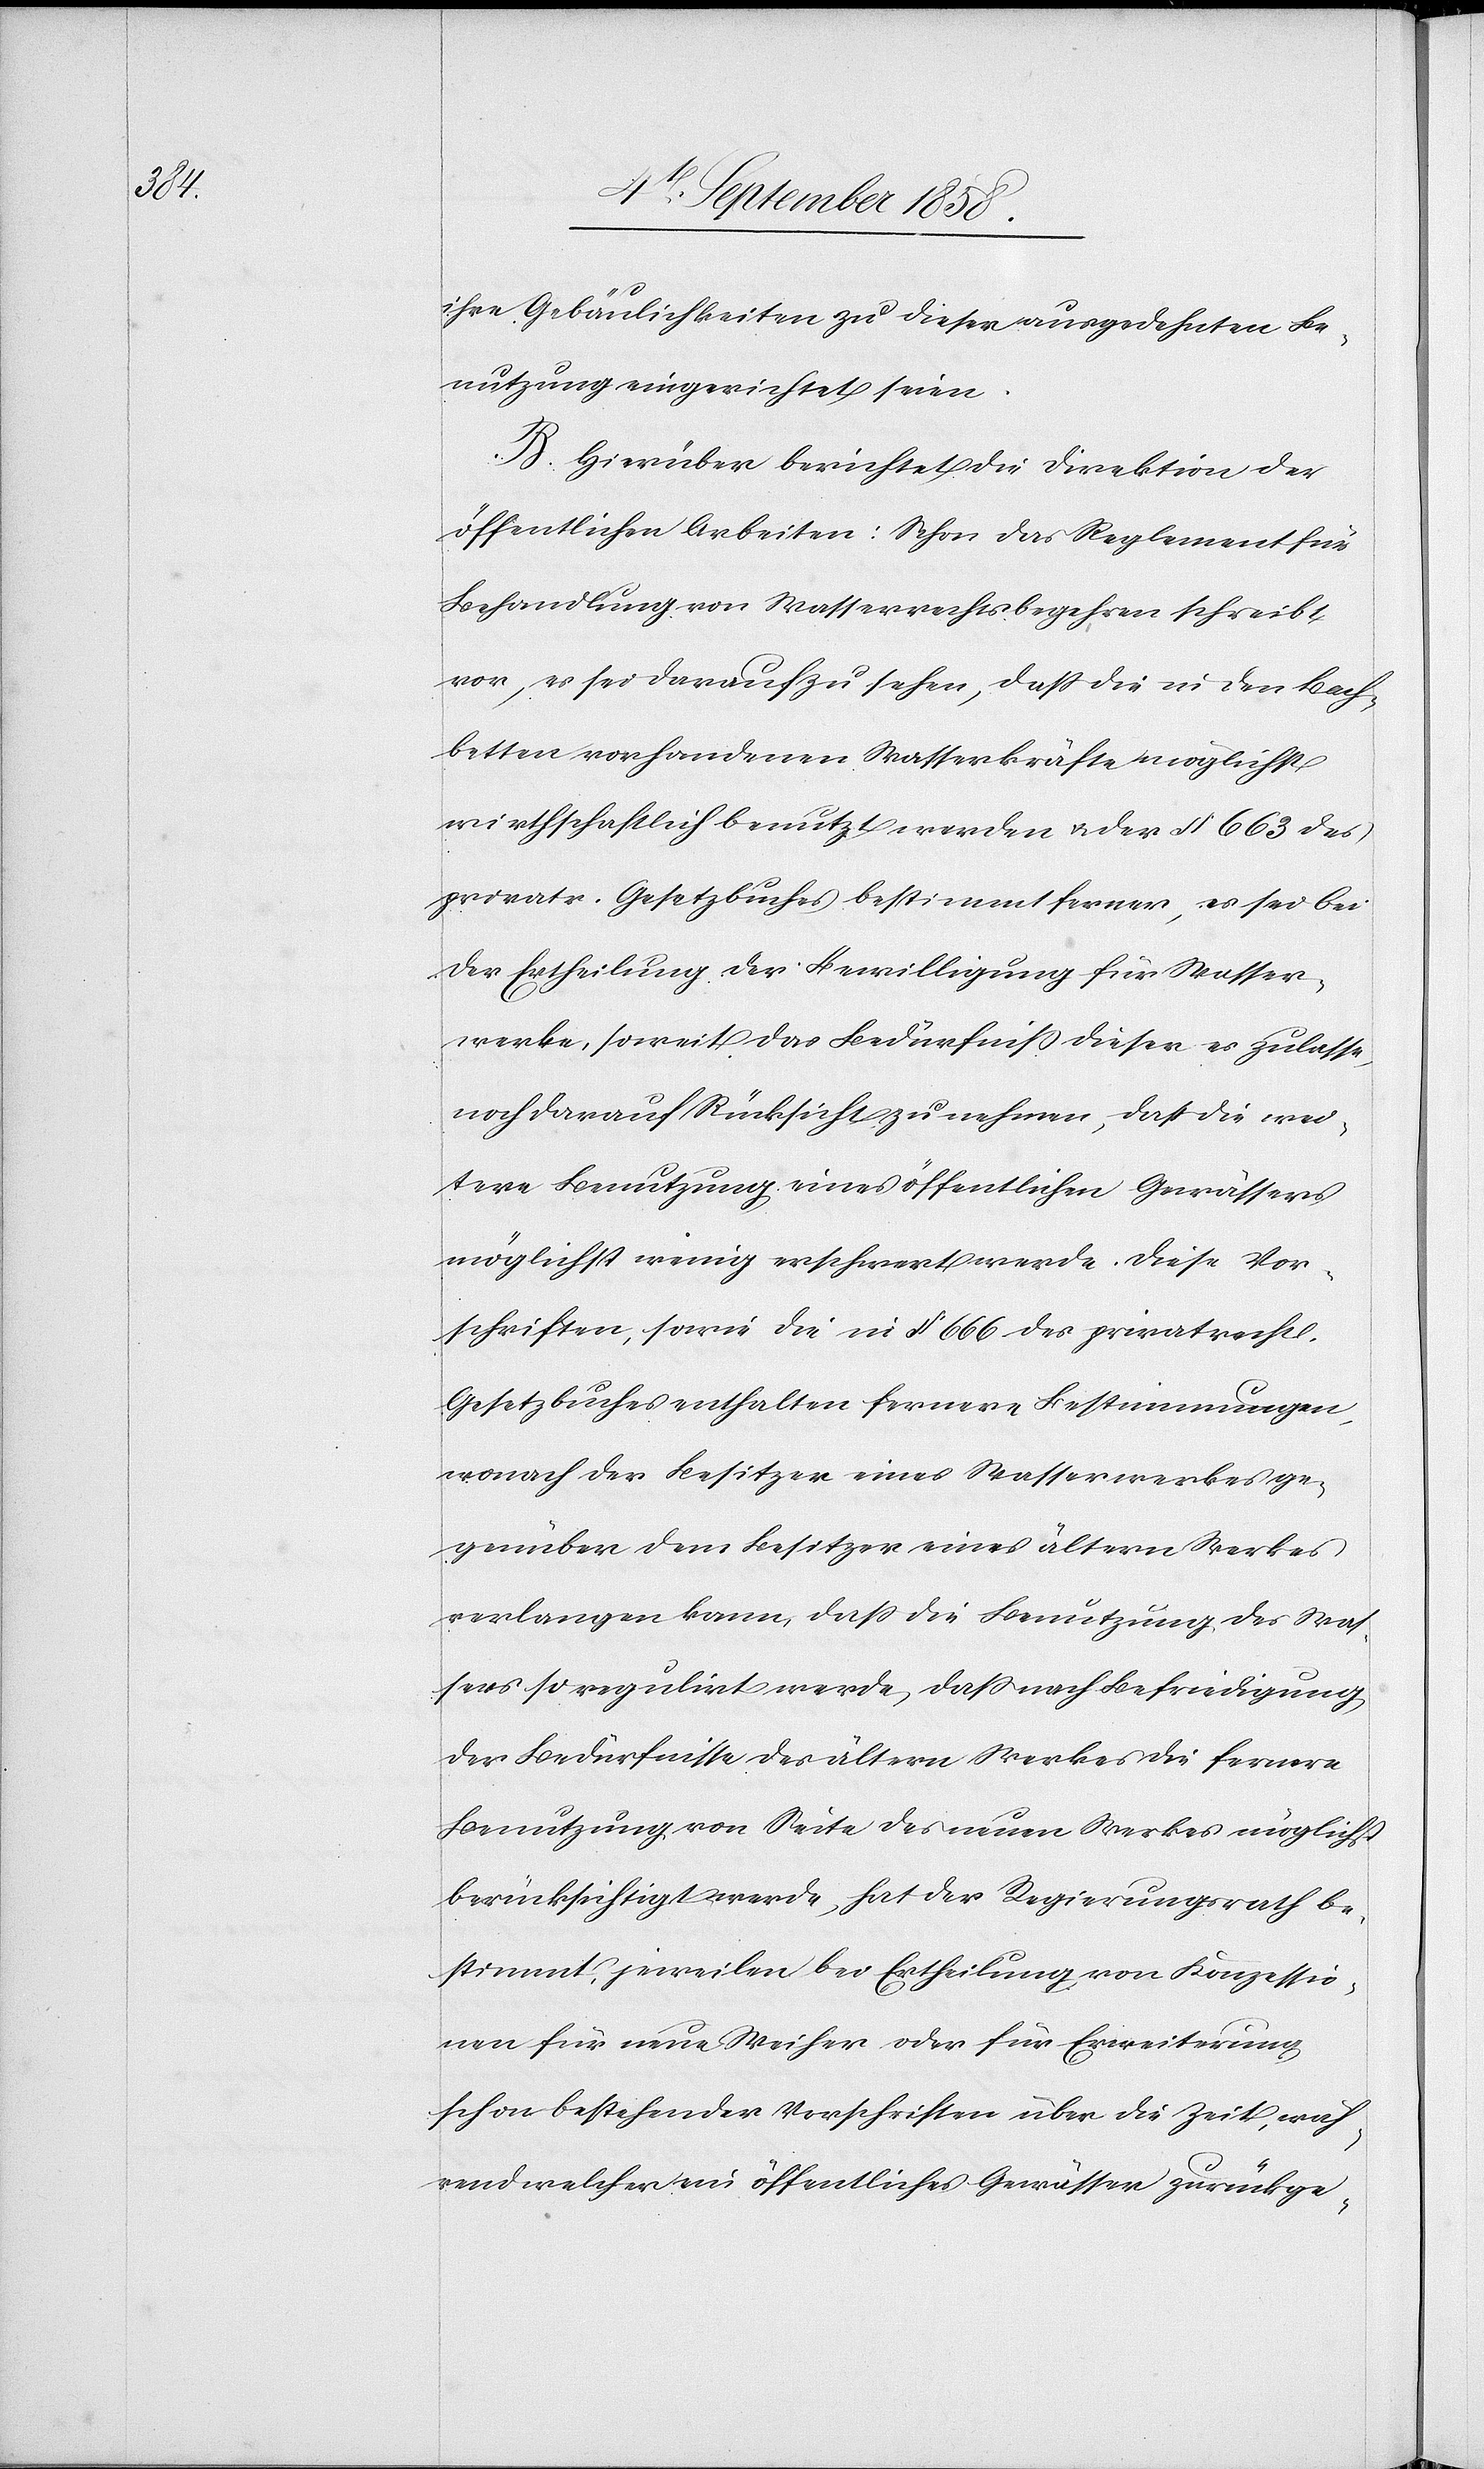
ihre Gebäulichkeiten zu dieser ausgedehnten Be¬
nutzung eingerichtet seien.
B. Hierüber berichtet die Direktion der
öffentlichen Arbeiten: Schon das Reglement für
Behandlung von Wasserrechtsbegehren schreibt
vor, es sei darauf zu sehen, dass die in den Bach¬
betten vorhandenen Wasserkräfte möglichst
wirthschaftlich benutzt werden & der § 663 des
privatr. Gesetzbuches bestimmt ferner, es sei bei
der Ertheilung der Bewilligung für Wasser¬
werke, soweit das Bedürfniss dieser es zulasse,
noch darauf Rücksicht zu nehmen, dass die wei¬
tere Benutzung eines öffentlichen Gewässers
möglichst wenig erschwert werde. Diese Vor¬
schriften, sowie die in § 666 des privatrechtl.
Gesetzbuches enthalten fernere Bestimmungen,
wonach der Besitzer eines Wasserwerkes ge¬
genüber dem Besitzer eines ältern Werkes
verlangen kann, dass die Benutzung des Was¬
sers so regulirt werde, dass nach Befriedigung
der Bedürfnisse des ältern Werkes die fernere
Benutzung von Seite des neuen Werkes möglichst
berücksichtigt werde, hat der Regierungsrath be¬
stimmt, jeweilen bei Ertheilung von Konzessio¬
nen für neue Weiher oder für Erweiterung
schon bestehender Vorschriften über die Zeit, wäh¬
rend welcher ein öffentliches Gewässer zurückge-